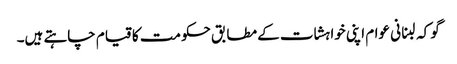
گو کہ لبنانی عوام اپنی خواہشات کے مطابق حکومت کا قیام چاہتے ہیں۔